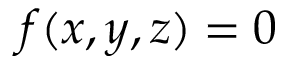
f ( x , y , z ) = 0